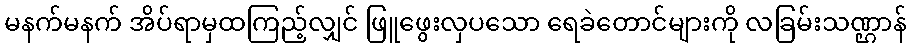
မနက်မနက် အိပ်ရာမှထကြည့်လျှင် ဖြူဖွေးလှပသော ရေခဲတောင်များကို လခြမ်းသဏ္ဌာန်